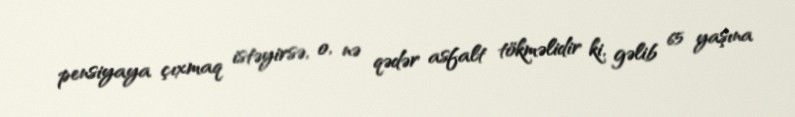
pensiyaya çıxmaq istəyirsə, o, nə qədər asfalt tökməlidir ki, gəlib 65 yaşına